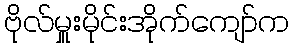
ဗိုလ်မှူးမိုင်းအိုက်ကျော်က